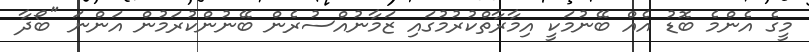
މީގެ އެންމެ ބޮޑު އެއް ބޭނުމަކީ އިމާރާތްކުރުމުގައި ޒަމާނުއްސުރެން ބޭނުންކުރަމުން އަންނަ "ބޯދާ